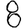
Digit: 8